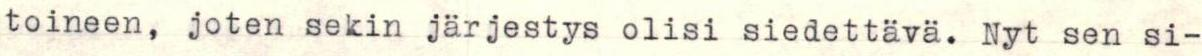
toineen, joten sekin järjestys olisi siedettävä. Nyt sen si-